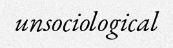
unsociological